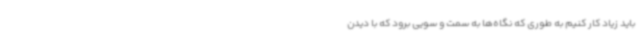
باید زیاد کار کنیم به طوری که نگاه‌ها به سمت و سویی برود که با دیدن